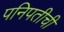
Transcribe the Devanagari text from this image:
पनिपतीची